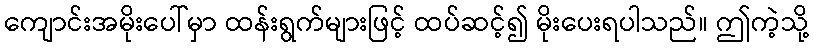
ကျောင်းအမိုးပေါ်မှာ ထန်းရွက်များဖြင့် ထပ်ဆင့်၍ မိုးပေးရပါသည်။ ဤကဲ့သို့